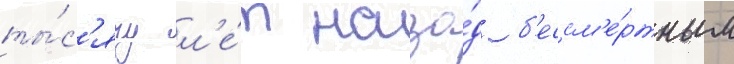
ты́с'ячу л'е́т наза́д б'ессм'е́ртным